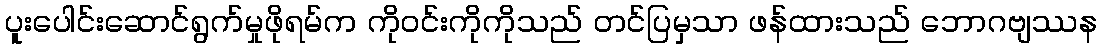
ပူးပေါင်းဆောင်ရွက်မှုဖိုရမ်က ကိုဝင်းကိုကိုသည် တင်ပြမှသာ ဖန်ထားသည် ဘောဂဗျဿန